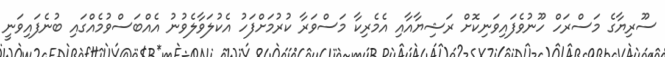
ސޫރިޔާގެ މަސްރަހް ހޫނުވެފައިވަނިކޮށް ރަޝިޔާއާއި އެމެރިކާ މަސްވަރާ ކުރުމަށްފަހު އެކުލަވާލެވުނު އެއްބަސްވުމެއްގައި ބުނެފައިވަނީ